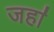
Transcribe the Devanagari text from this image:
जहा॑